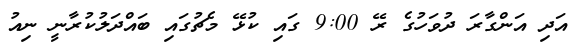
އަދި އަންގާރަ ދުވަހުގެ ރޭ 9:00 ގައި ކުޅޭ މެޗުގައި ބައްދަލުކުރާނީ ނިއު